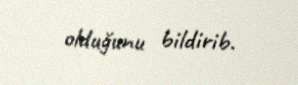
olduğunu bildirib.